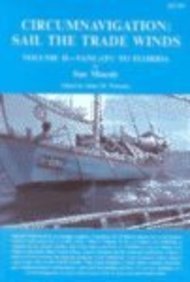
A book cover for Circumnavigation: Sail the Trade Winds: Vanuatu to Florida; Sue Moesly; Travel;